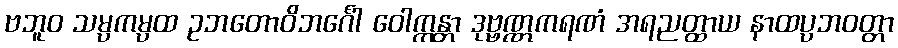
ဗဘူဝ သမ္ပကမ္ပထ ဥဘတောဝိဘင်္ဂေါ ဝေါက္ကန္တာ ဒုဗ္ဗဏ္ဏကရဏံ အရညတ္ထာယ နာထပ္ပဘဝတ္တာ